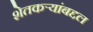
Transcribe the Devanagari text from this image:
शेतकऱ्यांबद्दल